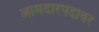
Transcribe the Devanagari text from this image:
आमदारपदावर